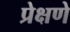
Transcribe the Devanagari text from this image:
प्रेक्षणे